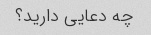
چه دعایی دارید؟